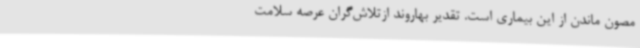
مصون ماندن از این بیماری است. تقدیر بهاروند ازتلاش‌گران عرصه سلامت